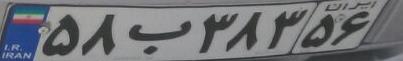
۵۸ب۳۸۳۵۶